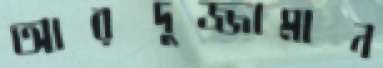
আরদুজ্জামান